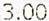
3.00